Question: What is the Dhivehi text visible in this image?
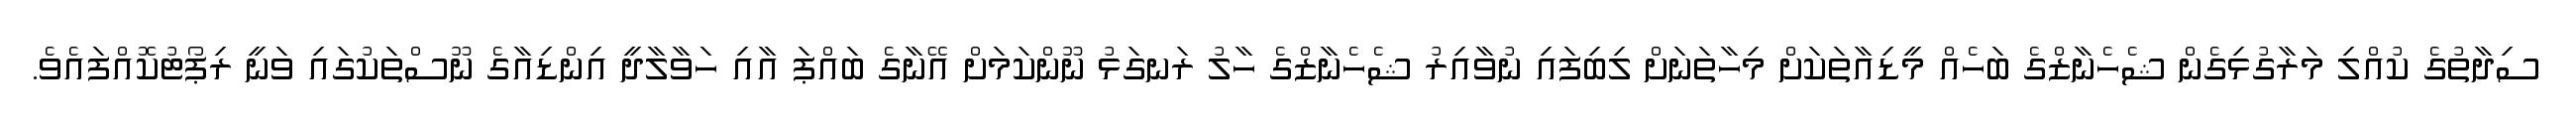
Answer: ސިދާތުގެ ކުއްލި މަރާގުޅިގެން ޝެހެނާޒްގެ ބަހެއް މީޑިއާތަކަށް މިހާތަނަށް ލިބިފައި ނުވާއިރު ޝެހެނާޒްގެ ހާލު ރަނގަޅު ނޫންކަމަށް އޭނާގެ ބައްޕަ އާއި ހަވާލާދީ އިންޑިއާގެ ނޫސްތަކުގައި ވަނީ ރިޕޯޓުކޮއްފައެވެ.